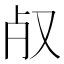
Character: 𣦻